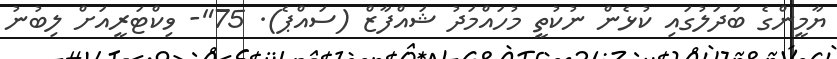
ޔާމީންގެ ބަދަލުގައި ކުޅެން ނުކުތީ މުހައްމަދު ޝައްފާޒް (ސައްޕެ). 75"- ވިކްޓަރީއަށް ލިބުނު